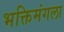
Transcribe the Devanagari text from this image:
भक्तिमंगला